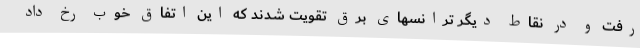
رفت و در نقاط دیگر ترانسهای برق تقویت شدند که این اتفاق خوب رخ داد